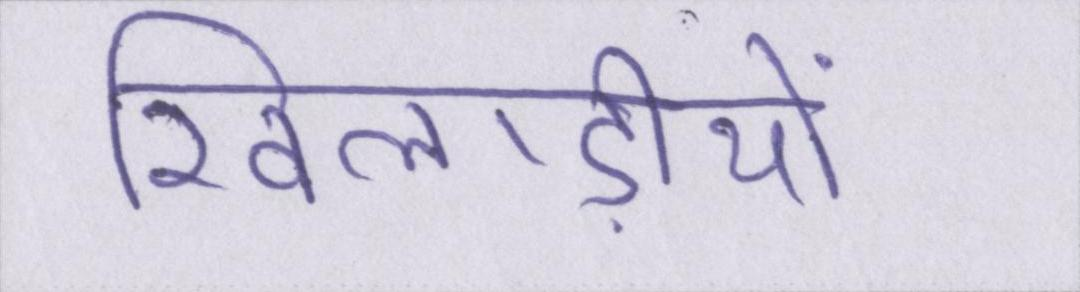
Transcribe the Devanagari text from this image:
खिलाड़ीयों